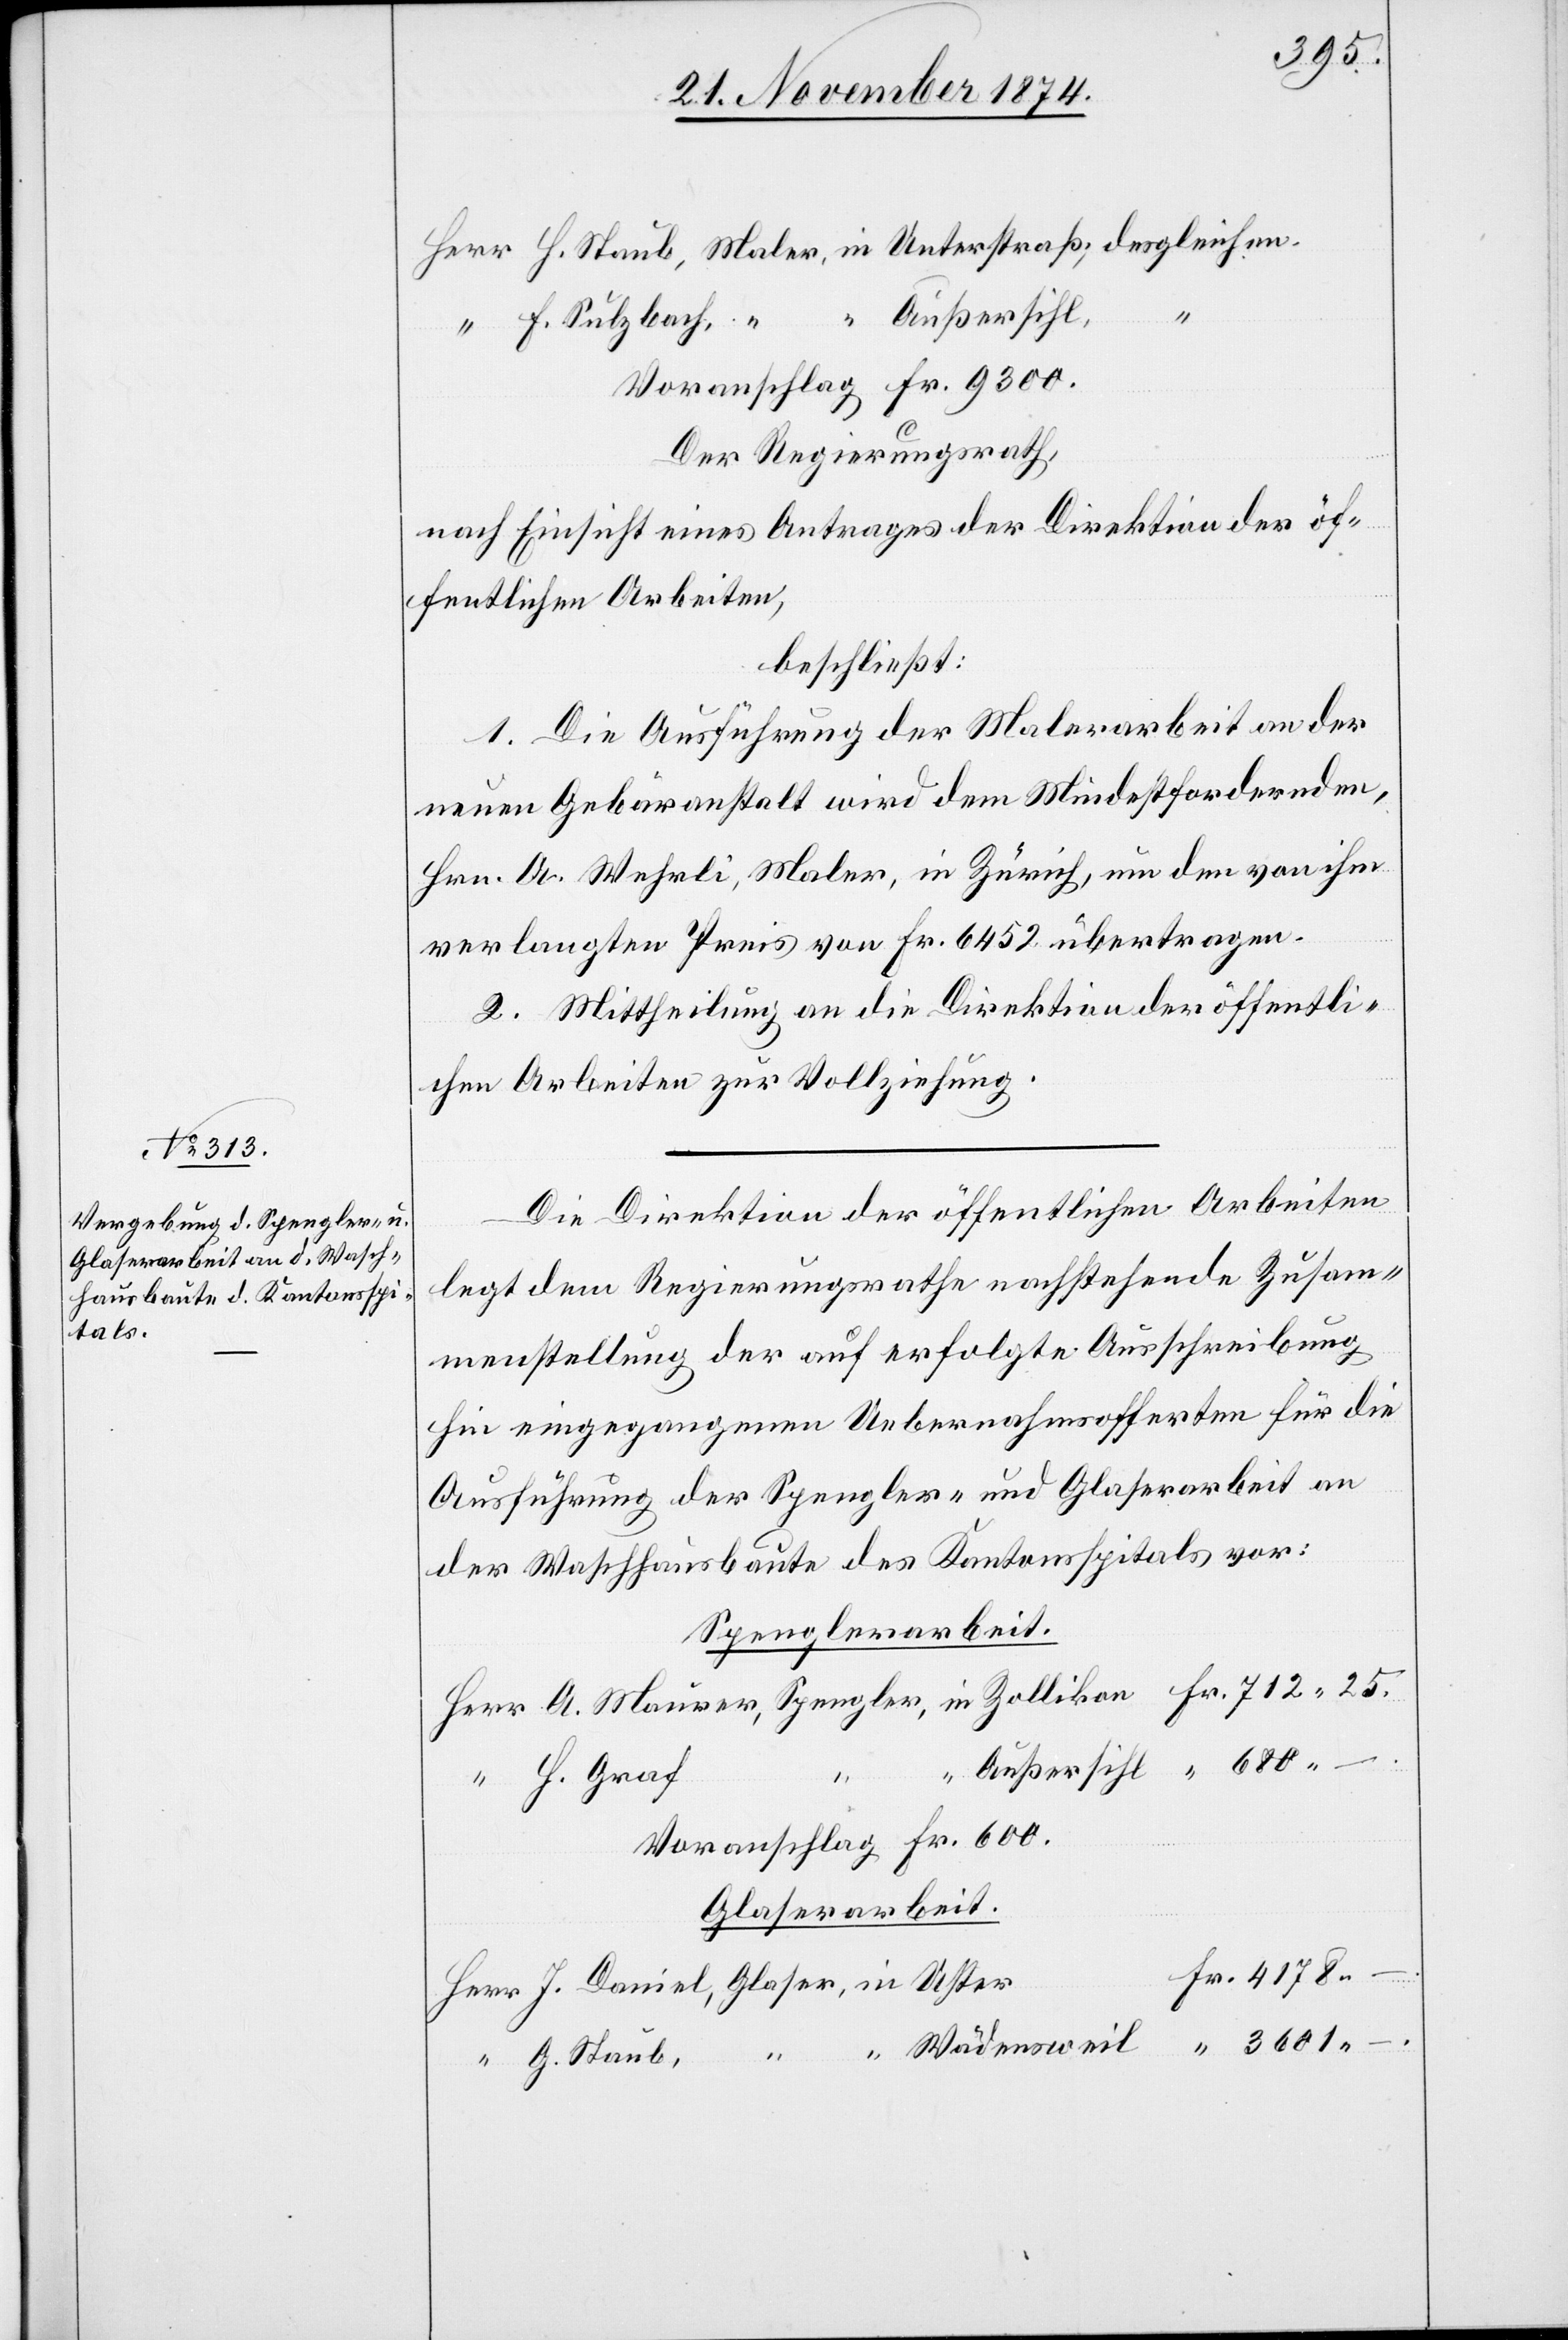
Voranschlag: Fr. 9300.
Der Regierungsrath,
nach Einsicht eines Antrages der Direktion der öf¬
fentlichen Arbeiten,
beschließt:
1. Die Ausführung der Malerarbeit an der
neuen Gebäranstalt wird dem Mindestfordernden,
Hrn. A. Wehrli, Maler, in Zürich, um den von ihm
verlangten Preis von Fr. 6452 übertragen.
2. Mittheilung an die Direktion der öffentli¬
chen Arbeiten zur Vollziehung.
Die Direktion der öffentlichen Arbeiten
in
legt dem Regierungsrathe nachstehende Zusam¬
menstellung der auf erfolgte Ausschreibung
hin eingegangenen Uebernahmsofferten für die
Ausführung der Spengler- und Glaserarbeit an
der Waschhausbaute des Kantonsspitals vor:
Spenglerarbeit.
Fr.
712.
H. Graf
Voranschlag: Fr. 600.
Glaserarbeit.
Wädensweil
G. Staub,